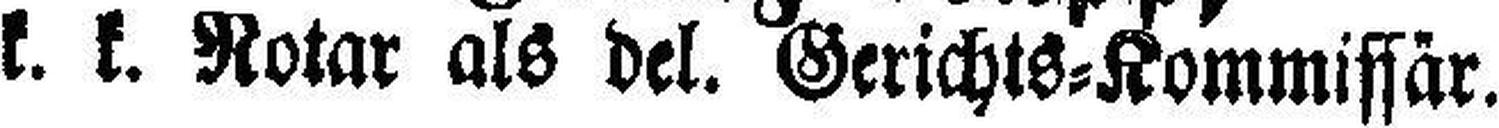
k. k. Notar als del. Gerichts=Kommissär.